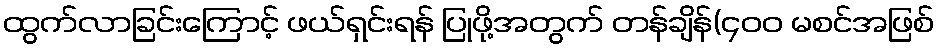
ထွက်လာခြင်းကြောင့် ဖယ်ရှင်းရန် ပြုဖို့အတွက် တန်ချိန်(၄၀၀ မစင်အဖြစ်